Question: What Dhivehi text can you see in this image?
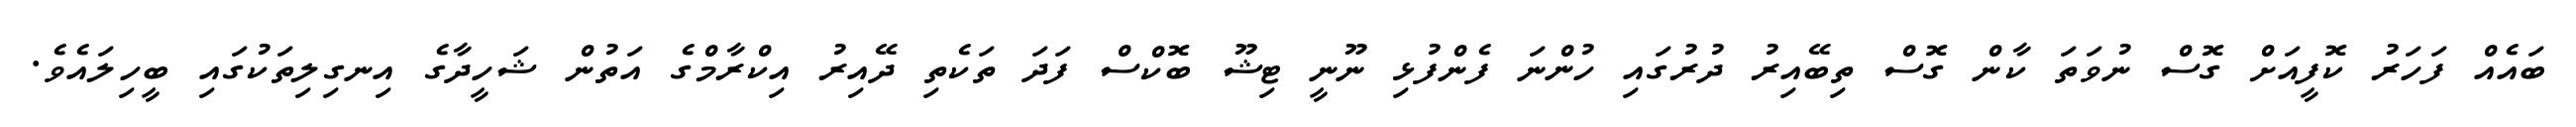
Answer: ބައެއް ފަހަރު ކޮފީއަށް ގޮސް ނުވަތަ ކާން ގޮސް ތިބޭއިރު ދުރުގައި ހުންނަ ފެންފުޅި ނޫނީ ޓިޝޫ ބޮކްސް ފަދަ ތަކެތި ދޭއިރު އިކްރާމްގެ އަތުން ޝަހީދާގެ އިނގިލިތަކުގައި ބީހިލައެވެ.